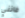
فانني